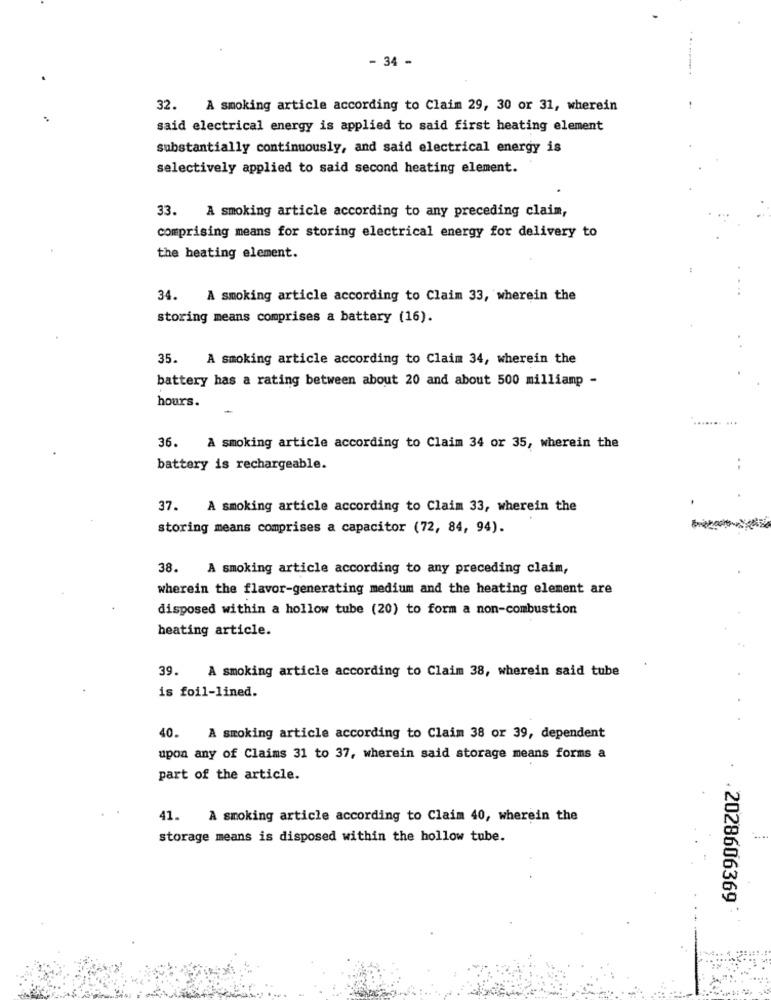
- 34 -
32.
A smoking article according to Claim 29, 30 or 31, wherein
said electrical energy is applied to said first heating element
substantially continuously, and said electrical energy is
selectively applied to said second heating element.
33.
A smoking article according to any preceding claim,
comprising means for storing electrical energy for delivery to
the heating element.
34.
A smoking article according to Claim 33, wherein the
storing means comprises a battery (16).
35.
A smoking article according to Claim 34, wherein the
battery has a rating between about 20 and about 500 milliamp -
hours.
36.
A smoking article according to Claim 34 or 35, wherein the
battery is rechargeable.
37. A smoking article according to Claim 33, wherein the
storing means comprises a capacitor (72, 84, 94).
38. A smoking article according to any preceding claim,
wherein the flavor-generating medium and the heating element are
disposed within a hollow tube (20) to form a non-combustion
heating article.
39.
A smoking article according to Claim 38, wherein said tube
is foil-lined.
..
40. A smoking article according to Claim 38 or 39, dependent
upon any of Claims 31 to 37, wherein said storage means forms a
part of the article.
41. A smoking article according to Claim 40, wherein the
storage means is disposed within the hollow tube.
. . 2028606369